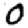
Digit: 0